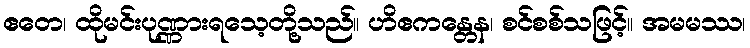
ဧတေ၊ ထိုမင်းပုဏ္ဏားရသေ့တို့သည်။ ဟိဧကန္တေန၊ စင်စစ်သဖြင့်။ အမမဿ၊